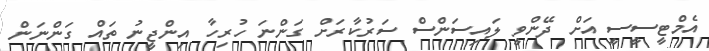
އެމްޓީސީސީ އަށް ދޭންވީ ލައިސަންސް ސަރުކާރަށް ގަންނަ ހުރިހާ އިންޖީނު ތައް ގަންނަން